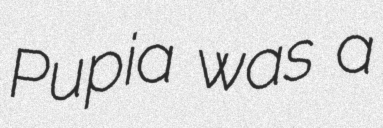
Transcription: Pupia was a